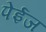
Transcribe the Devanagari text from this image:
पेईज